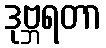
ဒုဗ္ဘရတာ